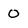
Character: 0